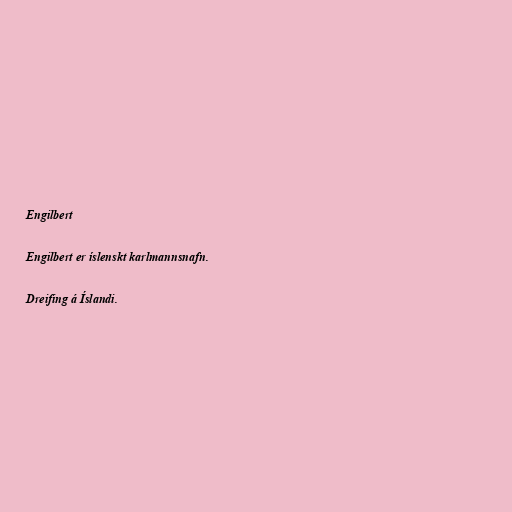
Engilbert

Engilbert er íslenskt karlmannsnafn.

Dreifing á Íslandi.